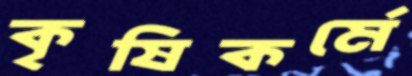
কৃষিকর্মে